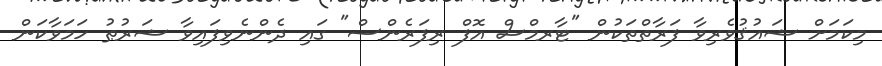
މިކަމަށް ޝައުޤުވެރިވާ ފަރާތްތަކުން "ޓާރމްސް އޮފް ރިފަރެންސް" ގައި ދެންނެވިފައިވާ ޝަރުޠު ހަމަވާކަން